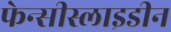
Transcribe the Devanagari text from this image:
फेन्सीस्लाइडीन